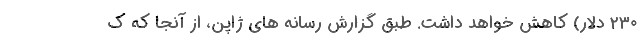
۲۳۰ دلار) کاهش خواهد داشت. طبق گزارش رسانه های ژاپن، از آنجا که ک